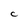
Character: c